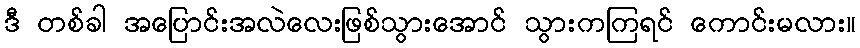
ဒီ တစ်ခါ အပြောင်းအလဲလေးဖြစ်သွားအောင် သွားကကြရင် ကောင်းမလား။